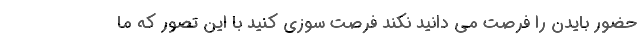
حضور بايدن را فرصت مي دانيد نكند فرصت سوزي كنيد با اين تصور كه ما